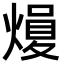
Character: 𪹢